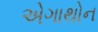
એગાથોન